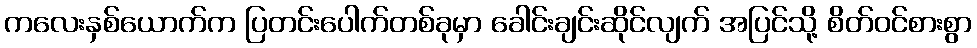
ကလေးနှစ်ယောက်က ပြတင်းပေါက်တစ်ခုမှာ ခေါင်းချင်းဆိုင်လျက် အပြင်သို့ စိတ်ဝင်စားစွာ